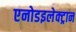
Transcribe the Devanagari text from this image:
एनोडइलेक्ट्रान